65_HS1-834228961_62-HQ-83894_Serial_164
Agency: FBI
Page 96
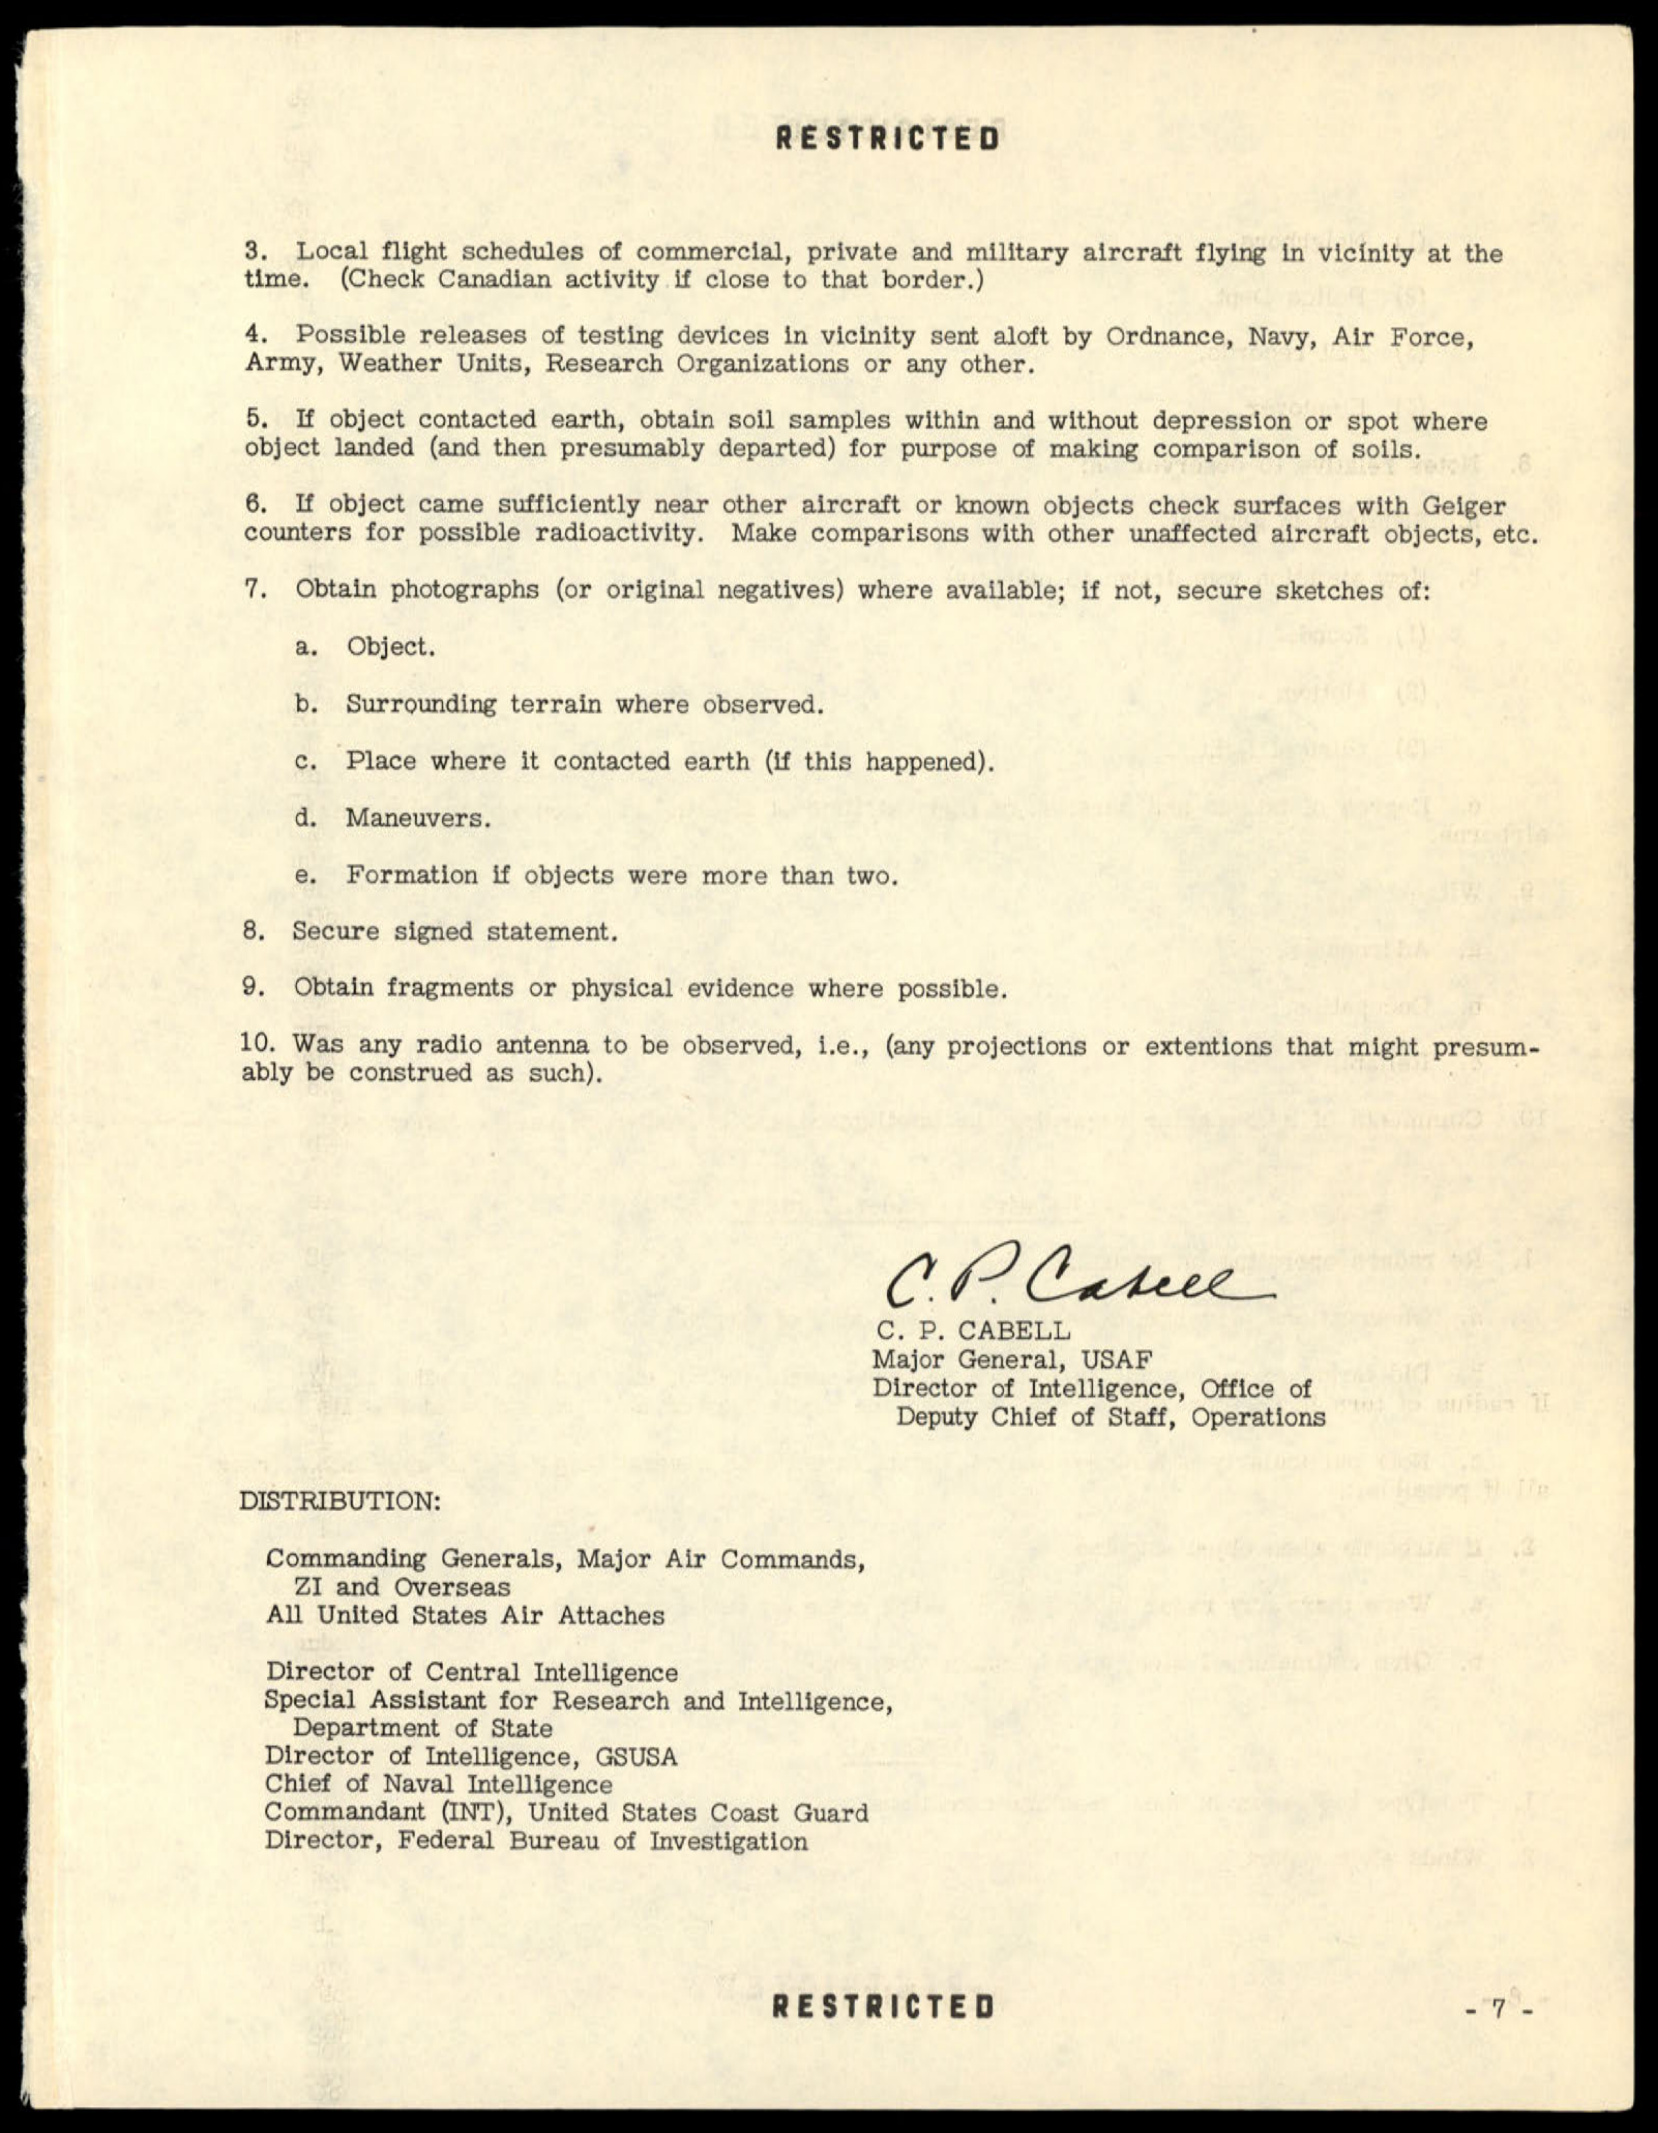